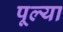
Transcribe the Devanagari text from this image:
पूल्या